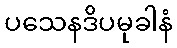
ပသေနဒိပမုခါနံ